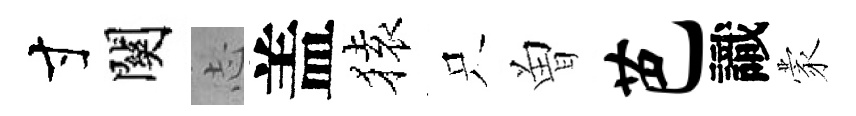
寸關𢖽盖𫞤只曽芭識蒙